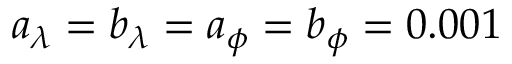
a _ { \lambda } = b _ { \lambda } = a _ { \phi } = b _ { \phi } = 0 . 0 0 1